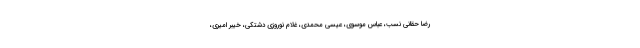
رضا حقانی نسب، عباس موسوی، عیسی محمدی، غلام نوروزی دشتکی، خیبر امیری،